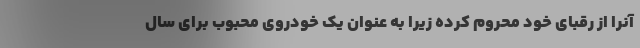
آنرا از رقبای خود محروم کرده زیرا به عنوان یک خودروی محبوب برای سال